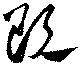
既